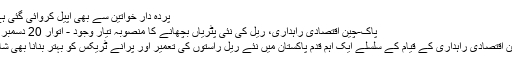
پردہ دار خواتین سے بھی اپیل کروائی گئی ہے ک...
پاک-چین اقتصادی راہداری، ریل کی نئی پٹریاں بچھانے کا منصوبہ تیار وجود - اتوار 20 دسمبر 2015
پاک-چین اقتصادی راہداری کے قیام کے سلسلے ایک اہم قدم پاکستان میں نئے ریل راستوں کی تعمیر اور پرانے ٹریکس کو بہتر بنانا بھی شامل ہے۔